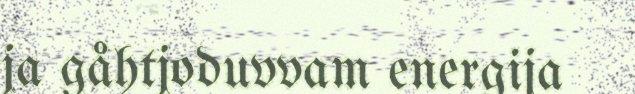
ja gåhtjoduvvam energija